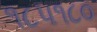
૧૮૫૧૮૦